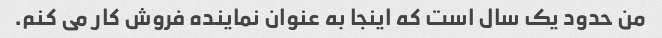
من حدود یک سال است که اینجا به عنوان نماینده فروش کار می کنم.